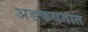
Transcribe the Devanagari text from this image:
अडकवतात